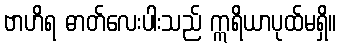
ဗာဟိရ ဓာတ်လေးပါးသည် ဣရိယာပုထ်မရှိ။